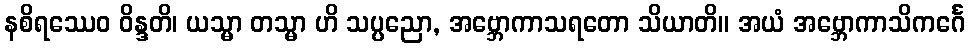
နစိရဿေဝ ဝိန္ဒတိ၊ ယသ္မာ တသ္မာ ဟိ သပ္ပညော, အဗ္ဘောကာသရတော သိယာတိ။ အယံ အဗ္ဘောကာသိကင်္ဂေ